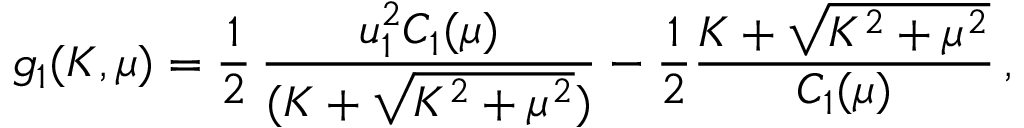
g _ { 1 } ( K , \mu ) = { \frac { 1 } { 2 } } \, { \frac { u _ { 1 } ^ { 2 } C _ { 1 } ( \mu ) } { ( K + \sqrt { K ^ { 2 } + \mu ^ { 2 } } ) } } - { \frac { 1 } { 2 } } { \frac { K + \sqrt { K ^ { 2 } + \mu ^ { 2 } } } { C _ { 1 } ( \mu ) } } \, ,